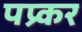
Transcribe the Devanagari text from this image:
पप्र्कर